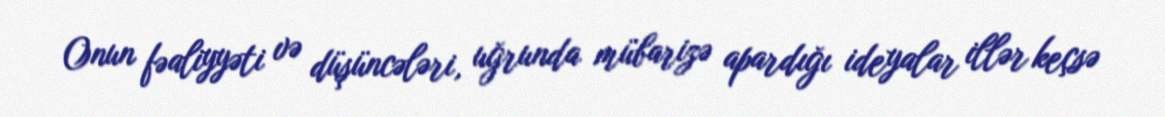
Onun fəaliyyəti və düşüncələri, uğrunda mübarizə apardığı ideyalar illər keçsə